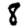
Digit: 8